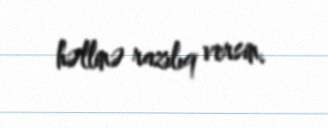
həllinə razılıq versin.